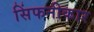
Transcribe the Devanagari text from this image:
सिंफनीकार